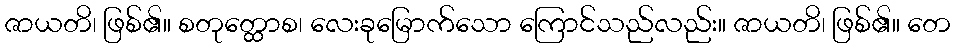
ဇာယတိ၊ ဖြစ်၏။ စတုတ္ထောစ၊ လေးခုမြောက်သော ကြောင်သည်လည်း။ ဇာယတိ၊ ဖြစ်၏။ တေ